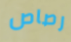
رصاص